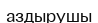
аздырушы